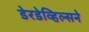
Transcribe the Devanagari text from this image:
डेरडेव्हिल्सने